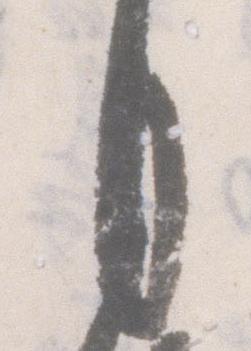
月